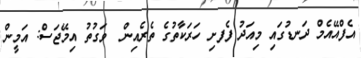
އެފްއޭއެމް ދަނޑުގައި މިއަދު ފެފށި ހަރަކާތުގެ ތެރެއިން  ވަގުތު އިމޭޖަސް: އަމީން